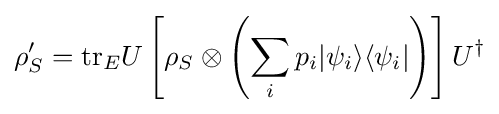
\rho _{S}'={\rm {tr}}_{E}U\left[\rho _{S}\otimes \left(\sum _{i}p_{i}|\psi _{i}\rangle \langle \psi _{i}|\right)\right]U^{\dagger }